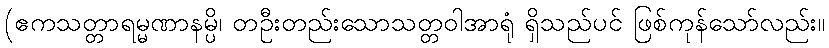
(ဧကသတ္တာရမ္မဏာနမ္ပိ၊ တဦးတည်းသောသတ္တဝါအာရုံ ရှိသည်ပင် ဖြစ်ကုန်သော်လည်း။